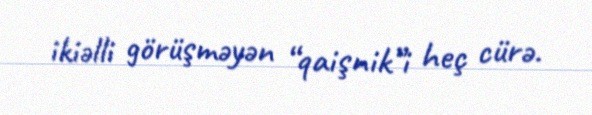
ikiəlli görüşməyən “qaişnik”i heç cürə.